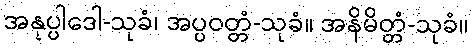
အနုပ္ပါဒေါ-သုခံ၊ အပ္ပဝတ္တံ-သုခံ။ အနိမိတ္တံ-သုခံ။